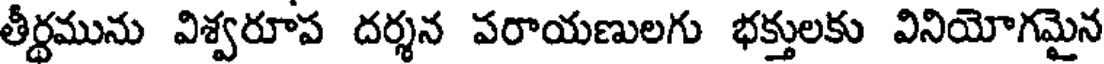
తీర్థమును విశ్వరూప దర్శన పరాయణులగు భక్తులకు వినియోగమైన